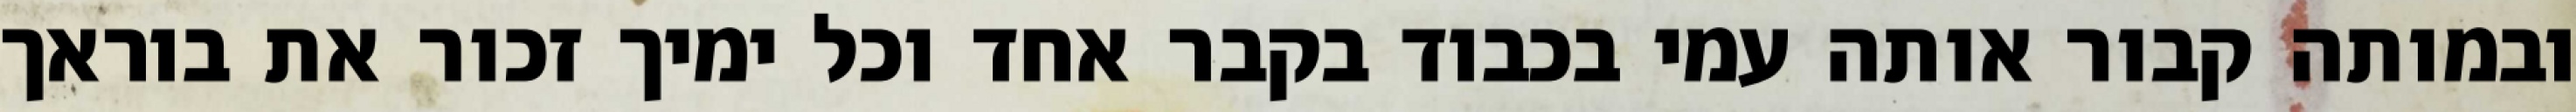
ובמותה קבור אותה עמי בכבוד בקבר אחד וכל ימיך זכור את בוראך